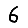
Digit: 6